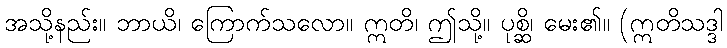
အသို့နည်း။ ဘာယိ၊ ကြောက်သလော။ ဣတိ၊ ဤသို့။ ပုစ္ဆိ၊ မေး၏။ (ဣတိသဒ္ဒါ